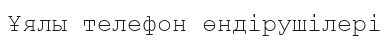
Ұялы телефон өндірушілері